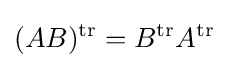
(AB)^{\operatorname {tr} }=B^{\operatorname {tr} }A^{\operatorname {tr} }